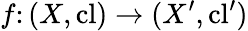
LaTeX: f\colon(X,\operatorname{cl})\to(X^{\prime},\operatorname{cl}^{\prime})